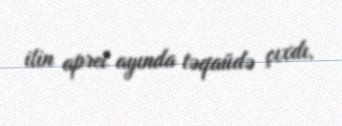
ilin aprel ayında təqaüdə çıxdı.